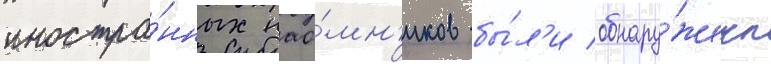
иностра́нных нао́мн'иков бы́л'и обнару́жены